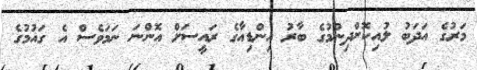
މަރުގެ އަދަބު ލުއިކޮށްދިނުމުގެ ބާރު އިންޑިއާގެ ރައީސަށް އޮންނަ ނަމަވެސް އެ ގައުމުގެ